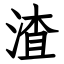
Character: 渣